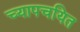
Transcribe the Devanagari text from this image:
च्यापचयित